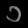
Digit: ၁